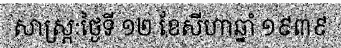
សាស្ត្រៈថ្ងៃទី ១២ ខែសីហាឆ្នាំ ១៩៣៩